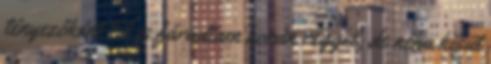
tényezőként El is fáradtam korán reggel, de néha kisüt